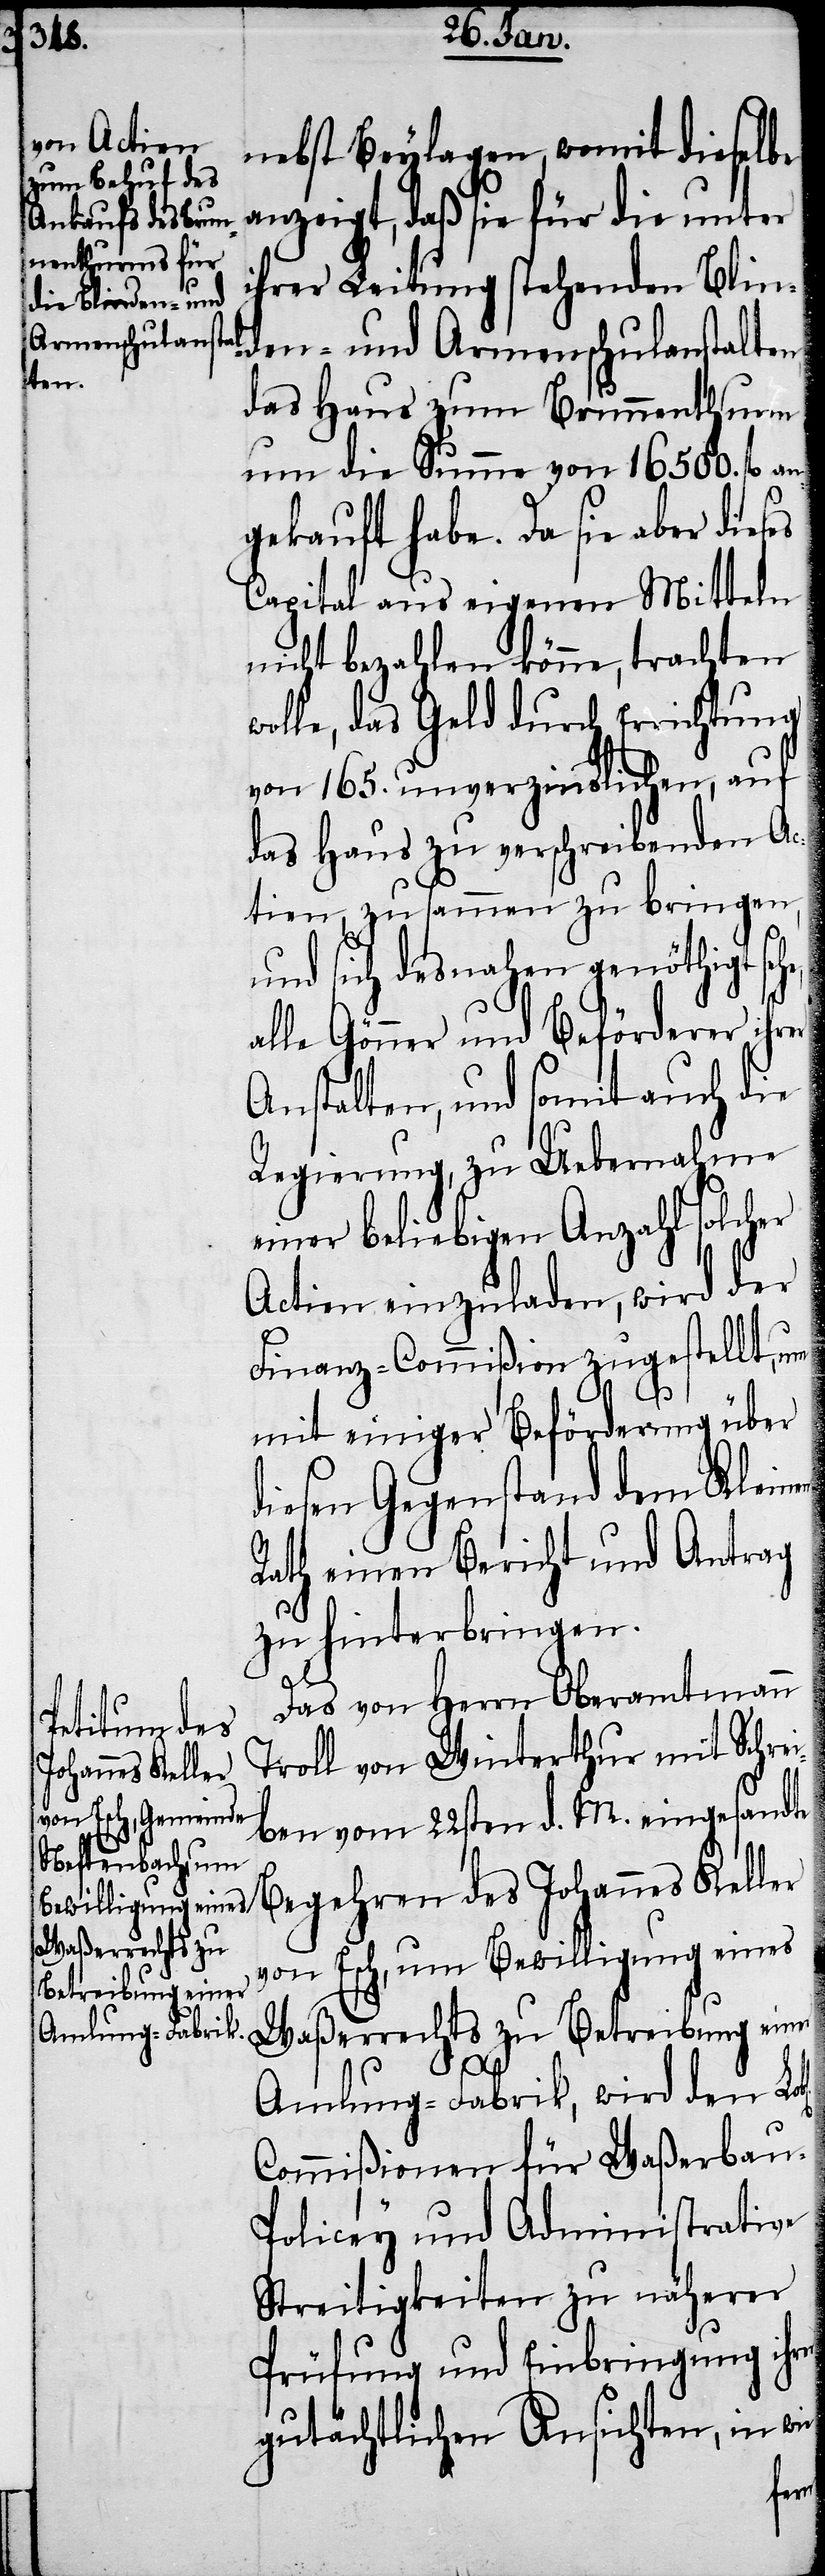
Waßerrechts zu
Betreibung einer

nebst Beylagen, womit dieselbe
anzeigt, daß sie für die unter
ihrer Leitung stehenden Blind¬
en- und Armenschulanstalten,
das Haus zum Brunnenthurm
um die Summe von 16 500. fl. a¬
ngekauft habe. Da sie aber dieses
Capital aus eigenen Mitteln
nicht bezahlen könne, trachten
olle, das Geld durch Errichtung
von 165. unverzinslichen, auf
das Haus zu verschreibenden Ac¬
tien, zusammen zu bringen,
und sich desnahen genöthigt se¬
alle Gönner und Beförderer ihrer
Anstalten, und somit auch die
Regierung, zu Uebernahme
einer beliebigen Anzahl solcher
Actien einzuladen, wird der
Finanz-Commißion zugestellt, um
mit einiger Beförderung über
diesen Gegenstand dem Kleinen
Rath einen Bericht und Antrag
zu hinterbringen.
Das von Herrn Oberamtmann
Troll von Winterthur mit Schrei¬
ben vom 22sten d. M. eingesandte
Begehren des Johannes Keller
von Esch, um Bewilligung eines
l[ichen]
Amlung-Fabrik, wird den Lob¬
Commißionen für Waßerbau-P¬
olicey und Administrative
Streitigkeiten zu näherer
Prüfung und Einbringung ihr¬
gutächtlichen Ansichten, in wie
er